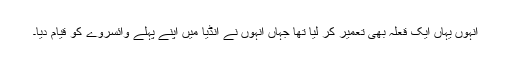
انہوں یہاں ایک قعلہ بھی تعمیر کر لیا تھا جہاں انہوں نے انڈیا میں اپنے پہلے وائسروے کو قیام دیا۔